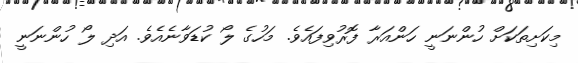
މިކަށިތަކަށް ހުންނަނީ ހަންއަރާ ފޮރުވިފައެވެ. މަހުގެ ލޯ ކުޑަވާނެއެވެ. އަދި ލޯ ހުންނަނީ